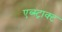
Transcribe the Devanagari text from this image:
एब्स्ट्राक्ट